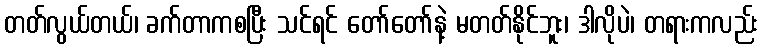
တတ်လွယ်တယ်၊ ခက်တာကစပြီး သင်ရင် တော်တော်နဲ့ မတတ်နိုင်ဘူး၊ ဒါလိုပဲ၊ တရားကလည်း